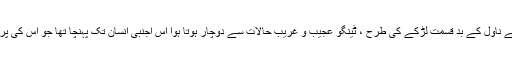
چارلس ڈکنس کے ناول کے بد قسمت لڑکے کی طرح ، ٹینگو عجیب و غریب حالات سے دوچار ہوتا ہوا اس اجنبی انسان تک پہنچا تھا جو اس کی پرورش کررہا تھا۔